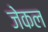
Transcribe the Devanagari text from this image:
जेकल